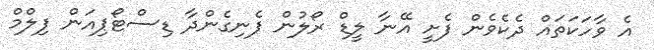
އެ ވާހަކަތައް ދެކެވެން ފެށީ އޭނާ ލީޑް ރޯލުން ފެނިގެންދާ ޑިސްޓޯޕިއަން ފިލްމް